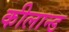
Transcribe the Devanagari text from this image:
कीलान्ड